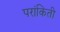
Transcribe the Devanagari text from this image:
परांकिती